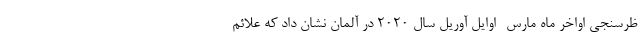
ظرسنجی اواخر ماه مارس- اوایل آوریل سال 2020 در آلمان نشان داد که علائم